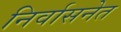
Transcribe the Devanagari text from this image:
निर्वासनेत